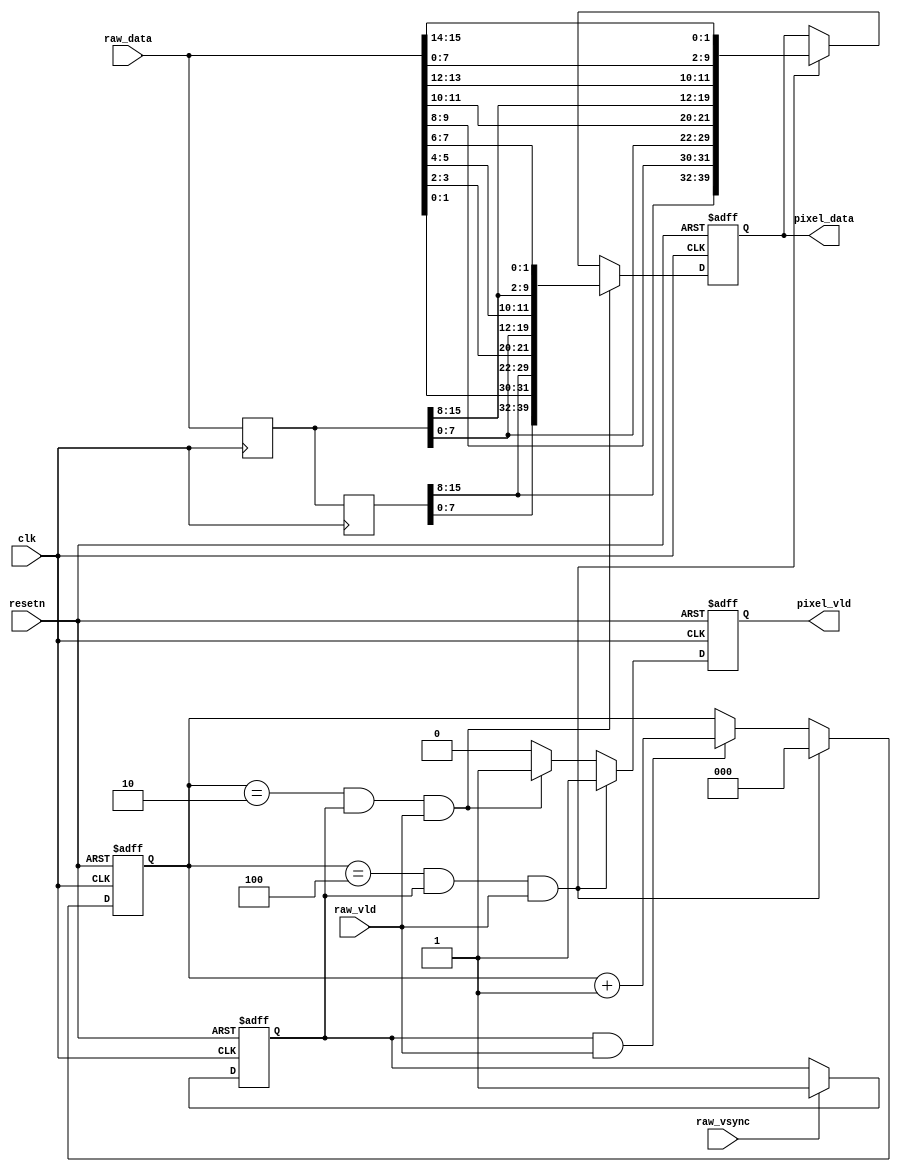
module byte2pixel(
	input 		clk		,
	input		resetn	,
	//RAW data
	input		raw_vld	,
	input	[15:0]	raw_data	,
	input			raw_vsync	,
	//pixel data
	output	reg 	pixel_vld	,
	output	reg	[39:0]	pixel_data //p1 p2 p3 p4
);


//=================================
reg 	frame_valid;
reg [2:0]	raw_cnt;
reg [15:0]	raw_data_r1;
reg [15:0]	raw_data_r2;


//================main code============
always@(posedge clk or negedge resetn)begin
	if(!resetn)
		frame_valid <= 1'b0;
	else if(raw_vsync)
		frame_valid <= 1'b1;
end

always@(posedge clk or negedge resetn)begin
	if(!resetn)
		raw_cnt <= 'd0;
	else if(raw_cnt == 'd4 && frame_valid == 1'b1 && raw_vld == 1'b1)
		raw_cnt <= 'd0;
	else if(frame_valid ==1'b1 && raw_vld == 1'b1)
		raw_cnt <= raw_cnt + 1'b1;
end

always@(posedge clk)begin
	raw_data_r1 <= raw_data;
	raw_data_r2 <= raw_data_r1;
end

always@(posedge clk or negedge resetn)begin
	if(!resetn)
		pixel_vld <= 1'b0;
	else if(raw_cnt == 'd4 && frame_valid == 1'b1 && raw_vld == 1'b1)
		pixel_vld <= 1'b1;
	else if(raw_cnt == 'd2 && frame_valid == 1'b1 && raw_vld == 1'b1)
		pixel_vld <= 1'b1;
	else 
		pixel_vld <= 1'b0;
end

always@(posedge clk or negedge resetn)begin
	if(!resetn)
		pixel_data <= 'd0;
	else if(raw_cnt == 'd2 && frame_valid == 1'b1 && raw_vld == 1'b1)
		pixel_data <= {raw_data_r2[7:0] ,raw_data[1:0],
					   raw_data_r2[15:8],raw_data[3:2],
					   raw_data_r1[7:0] ,raw_data[5:4],
					   raw_data_r1[15:8],raw_data[7:6]};
	else if(raw_cnt == 'd4 && frame_valid == 1'b1 && raw_vld == 1'b1)
		pixel_data <= {raw_data_r2[15:8],raw_data[9:8],
					   raw_data_r1[7:0] ,raw_data[11:10],
					   raw_data_r1[15:8],raw_data[13:12],
					   raw_data   [7:0] ,raw_data[15:14]};
end








endmodule